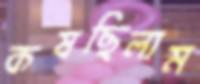
কষছিলাম